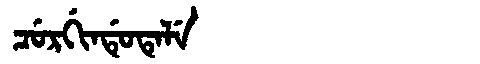
Manchu: ᠴᡠᡵᡤᡳᠨᡩᡠᡨᡝᠯᡝ
Romanization: CURGINDUTELE